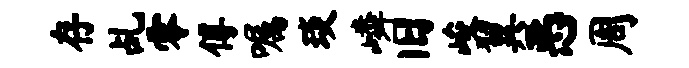
存乩零傅嘱琰嶙旧峻翼恶周